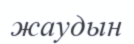
жаудын